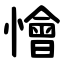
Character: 懀